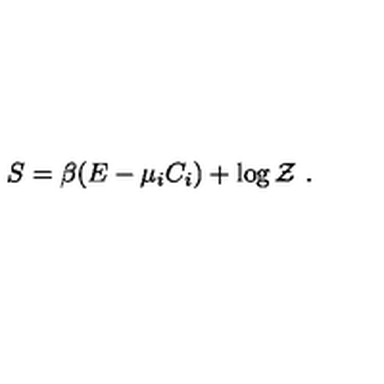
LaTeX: S = \beta ( E - \mu _ { i } C _ { i } ) + \log { \cal Z } \ .